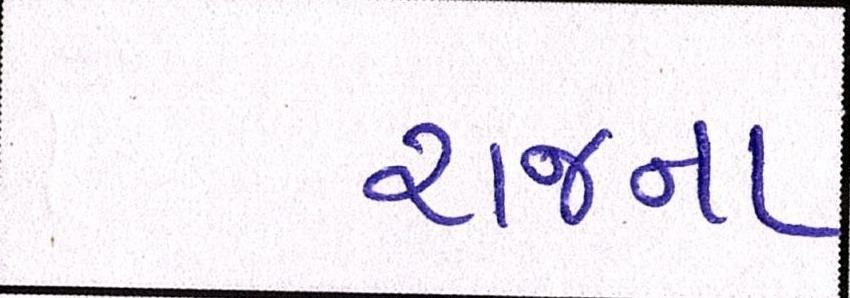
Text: રાજના